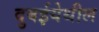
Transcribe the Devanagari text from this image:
दुबईयेथील